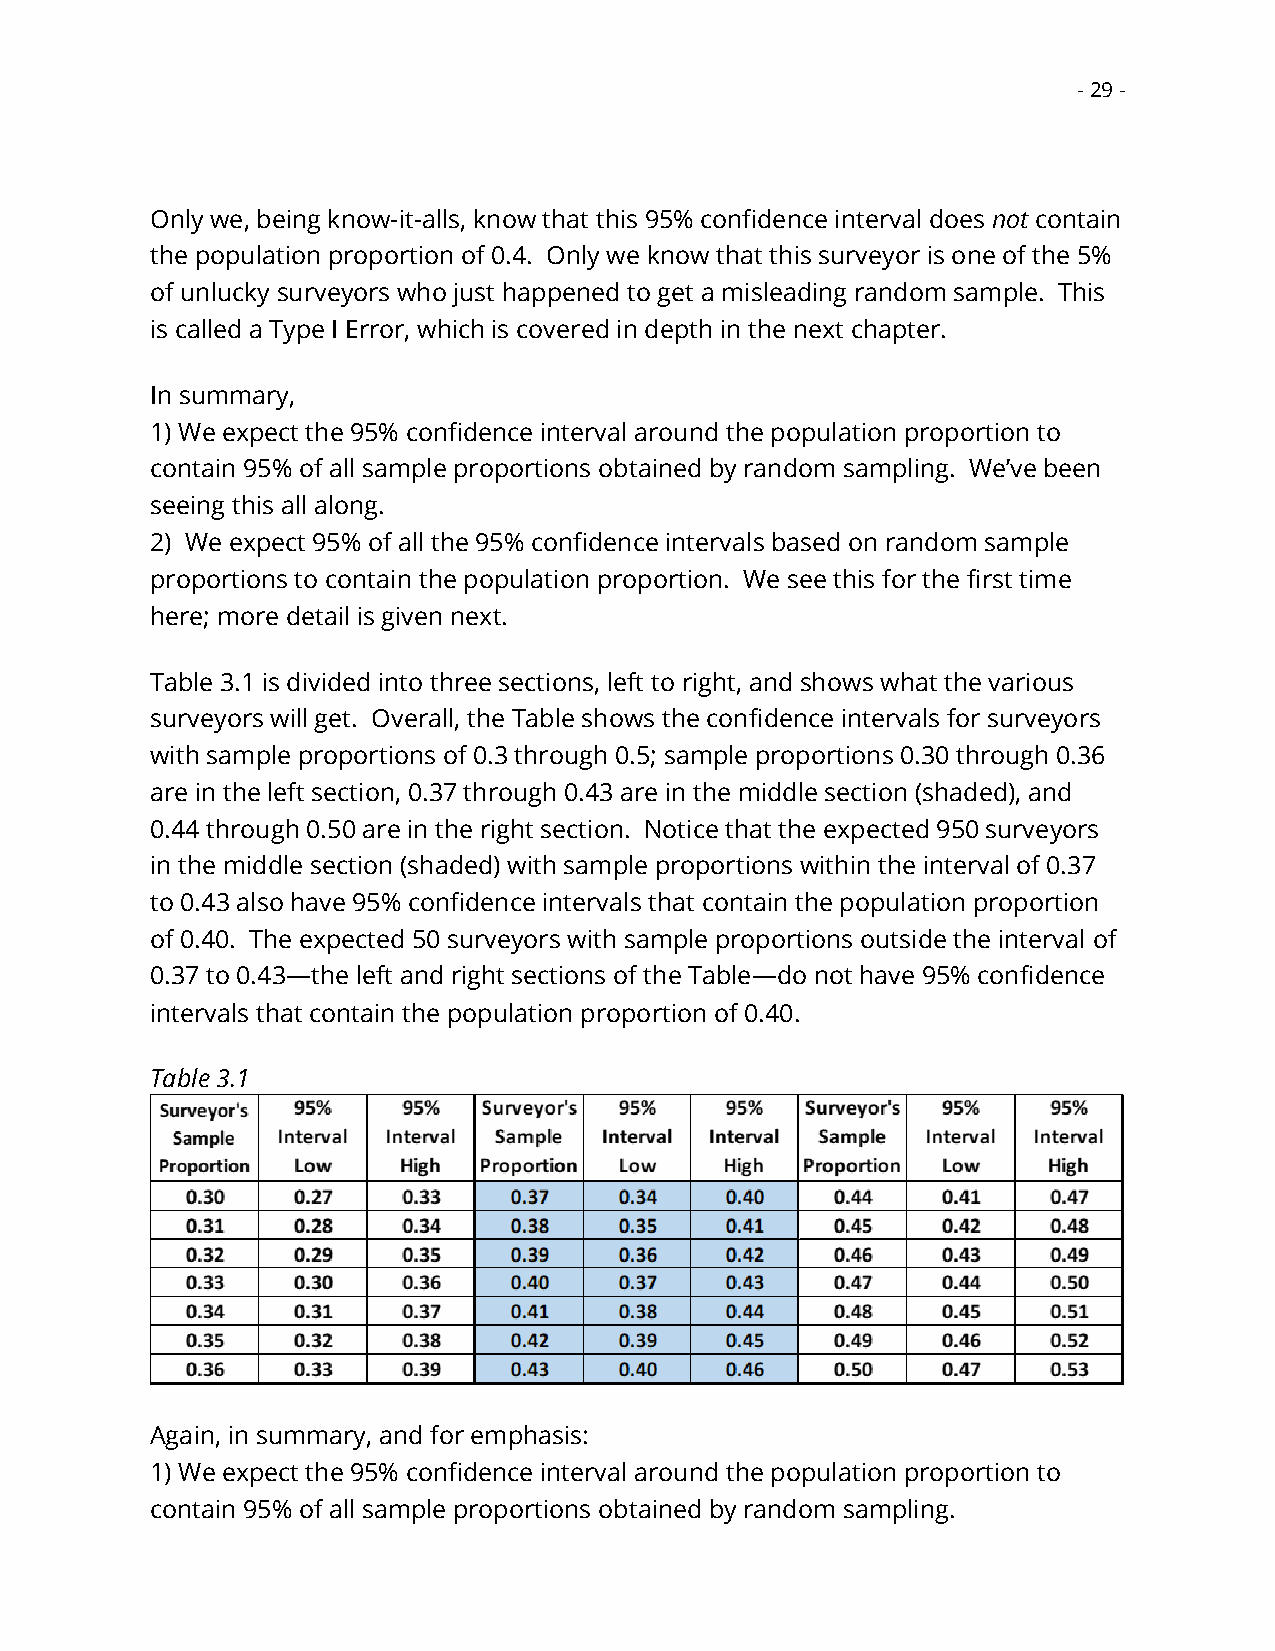
- 29 -
 Only we, being know-it-alls, know that this 95% confidence interval does not contain
 the population proportion of 0.4. Only we know that this surveyor is one of the 5%
 of unlucky surveyors who just happened to get a misleading random sample. This
 is called a Type I Error, which is covered in depth in the next chapter.
 In summary,
 1) We expect the 95% confidence interval around the population proportion to
 contain 95% of all sample proportions obtained by random sampling. We’ve been
 seeing this all along.
 2) We expect 95% of all the 95% confidence intervals based on random sample
 proportions to contain the population proportion. We see this for the first time
 here; more detail is given next.
 Table 3.1 is divided into three sections, left to right, and shows what the various
 surveyors will get. Overall, the Table shows the confidence intervals for surveyors
 with sample proportions of 0.3 through 0.5; sample proportions 0.30 through 0.36
 are in the left section, 0.37 through 0.43 are in the middle section (shaded), and
 0.44 through 0.50 are in the right section. Notice that the expected 950 surveyors
 in the middle section (shaded) with sample proportions within the interval of 0.37
 to 0.43 also have 95% confidence intervals that contain the population proportion
 of 0.40. The expected 50 surveyors with sample proportions outside the interval of
 0.37 to 0.43—the left and right sections of the Table—do not have 95% confidence
 intervals that contain the population proportion of 0.40.
 Table 3.1
 Again, in summary, and for emphasis:
 1) We expect the 95% confidence interval around the population proportion to
 contain 95% of all sample proportions obtained by random sampling.